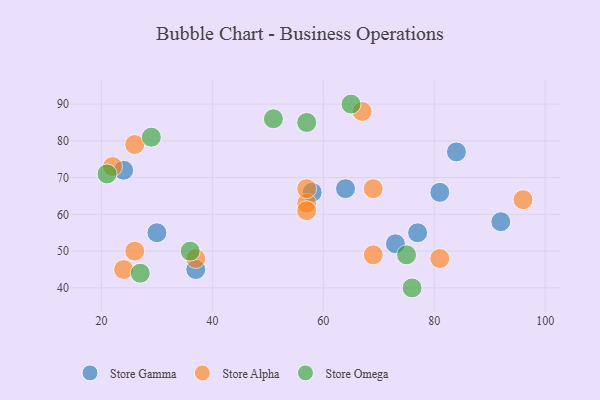
{"axis": {"x": "GDP", "y": "Life Expectancy"}, "legend": ["Store Alpha", "Store Gamma", "Store Omega"], "data": [{"x": "30", "y": 55, "type": "Store Gamma"}, {"x": "77", "y": 55, "type": "Store Gamma"}, {"x": "24", "y": 72, "type": "Store Gamma"}, {"x": "73", "y": 52, "type": "Store Gamma"}, {"x": "92", "y": 58, "type": "Store Gamma"}, {"x": "58", "y": 66, "type": "Store Gamma"}, {"x": "64", "y": 67, "type": "Store Gamma"}, {"x": "84", "y": 77, "type": "Store Gamma"}, {"x": "37", "y": 45, "type": "Store Gamma"}, {"x": "81", "y": 66, "type": "Store Gamma"}, {"x": "37", "y": 48, "type": "Store Alpha"}, {"x": "57", "y": 63, "type": "Store Alpha"}, {"x": "57", "y": 67, "type": "Store Alpha"}, {"x": "96", "y": 64, "type": "Store Alpha"}, {"x": "67", "y": 88, "type": "Store Alpha"}, {"x": "26", "y": 79, "type": "Store Alpha"}, {"x": "26", "y": 50, "type": "Store Alpha"}, {"x": "81", "y": 48, "type": "Store Alpha"}, {"x": "22", "y": 73, "type": "Store Alpha"}, {"x": "69", "y": 67, "type": "Store Alpha"}, {"x": "57", "y": 61, "type": "Store Alpha"}, {"x": "24", "y": 45, "type": "Store Alpha"}, {"x": "69", "y": 49, "type": "Store Alpha"}, {"x": "21", "y": 71, "type": "Store Omega"}, {"x": "65", "y": 90, "type": "Store Omega"}, {"x": "51", "y": 86, "type": "Store Omega"}, {"x": "57", "y": 85, "type": "Store Omega"}, {"x": "36", "y": 50, "type": "Store Omega"}, {"x": "27", "y": 44, "type": "Store Omega"}, {"x": "75", "y": 49, "type": "Store Omega"}, {"x": "29", "y": 81, "type": "Store Omega"}, {"x": "76", "y": 40, "type": "Store Omega"}]}